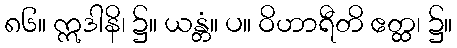
၈၆။ ဣဒါနိ၊ ၌။ ယန္တံ။ ပ။ ဝိဟာရီတိ ဧတ္ထ၊ ၌။